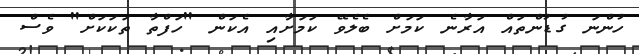
ހުންނަ ގުޑުންތައް އަރާނެ ކަމަށް ބެލެވޭ ކަމަށާއި އެކަން "ހަފްތާ ތަކަކަށް" ވެސް